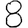
Digit: 8